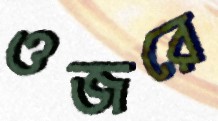
ওজরে